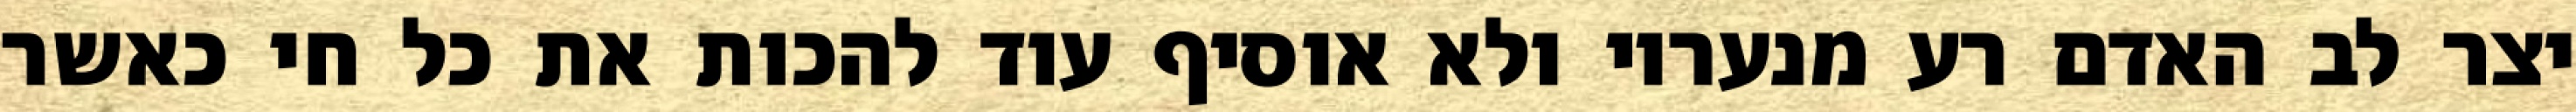
יצר לב האדם רע מנעריו ולא אוסיף עוד להכות את כל חי כאשר